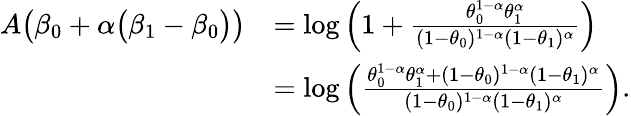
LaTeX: \begin{array}{rl}{A\big(\beta_{0}+\alpha\big(\beta_{1}-\beta_{0}\big)\big)}&{=\log\left(1+\frac{\theta_{0}^{1-\alpha}\theta_{1}^{\alpha}}{(1-\theta_{0})^{1-\alpha}(1-\theta_{1})^{\alpha}}\right)}\\ &{=\log\left(\frac{\theta_{0}^{1-\alpha}\theta_{1}^{\alpha}+(1-\theta_{0})^{1-\alpha}(1-\theta_{1})^{\alpha}}{(1-\theta_{0})^{1-\alpha}(1-\theta_{1})^{\alpha}}\right).}\end{array}